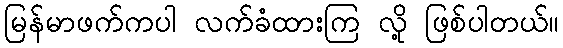
မြန်မာဖက်ကပါ လက်ခံထားကြ လို့ ဖြစ်ပါတယ်။